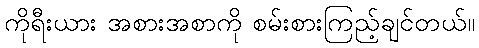
ကိုရီးယား အစားအစာကို စမ်းစားကြည့်ချင်တယ်။